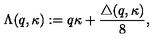
\Lambda ( q , \kappa ) : = q \kappa + \frac { \triangle ( q , \kappa ) } { 8 } ,